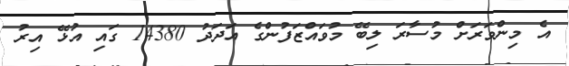
އެ މިންވަރަށް މުސާރަ ލިބޭ މުވައްޒަފުންގެ އަދަދު 14380 ގައި އުޅޭ އިރު